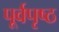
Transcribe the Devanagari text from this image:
पूर्वपृष्ठ